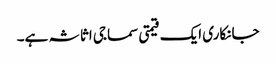
جانکاری ایک قیمتی سماجی اثاثہ ہے۔